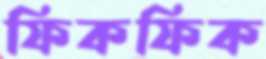
ফিকফিক